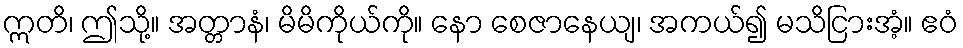
ဣတိ၊ ဤသို့။ အတ္တာနံ၊ မိမိကိုယ်ကို။ နော စေဇာနေယျ၊ အကယ်၍ မသိငြားအံ့။ ဧဝံ